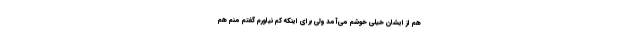
هم از ایشان خیلی خوشم می‌آمد ولی برای اینکه کم نیاورم گفتم منم هم